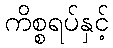
ကိစ္စရပ်နှင့်